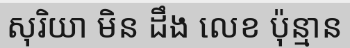
សុរិយា មិន ដឹង លេខ ប៉ុន្មាន